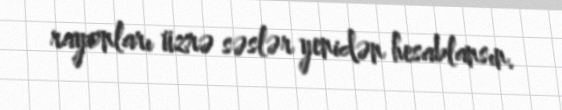
rayonları üzrə səslər yenidən hesablansın.